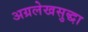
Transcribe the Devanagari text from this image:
अग्रलेखसुद्धा